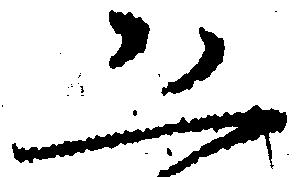
恐